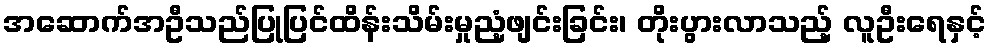
အဆောက်အဦသည်ပြုပြင်ထိန်းသိမ်းမှုညံ့ဖျင်းခြင်း၊ တိုးပွားလာသည့် လူဦးရေနှင့်